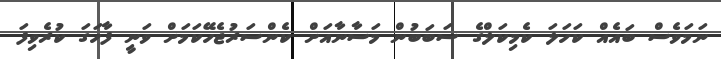
ނަމަވެސް ބައެއް ކަހަލަ ކެމިކަލްގެ ސަބަބުން މަސާނާއަށް ކެންސަރުޖެހޭކަމަށް ވަނީ ފާހަގަ ކުރެވިފަ